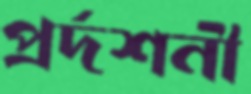
প্রর্দশনী